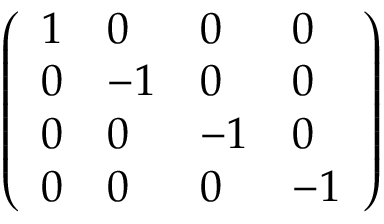
\left( \begin{array} { l l l l } { 1 } & { 0 } & { 0 } & { 0 } \\ { 0 } & { - 1 } & { 0 } & { 0 } \\ { 0 } & { 0 } & { - 1 } & { 0 } \\ { 0 } & { 0 } & { 0 } & { - 1 } \end{array} \right)